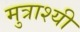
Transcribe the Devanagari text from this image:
मुत्राश्यी